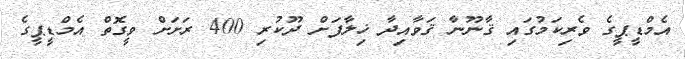
އެމްޑީޕީގެ ވެރިކަމުގައި ޤާނޫނާ ޤަވާއިދާ ޚިލާފަށް ދޫކުރި 400 ރަށަށް ވީގޮތް އެމްޑީޕީގެ